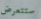
ستتعرض